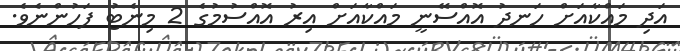
އަދި މައްކާއަށް ހަނދު އޮއްސޭނީ މައްކާއަށް އިރު އޮއްސުމުގެ 2 މިނެޓު ފަހުންނެވެ.